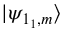
| \psi _ { 1 _ { 1 } , m } \rangle